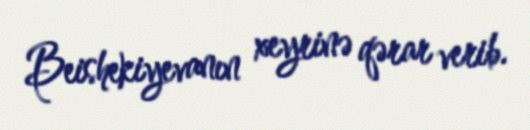
Beishekiyevanın xeyrinə qərar verib.